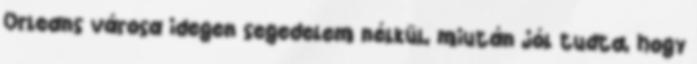
Orleans városa idegen segedelem nélkül, miután jól tudta, hogy